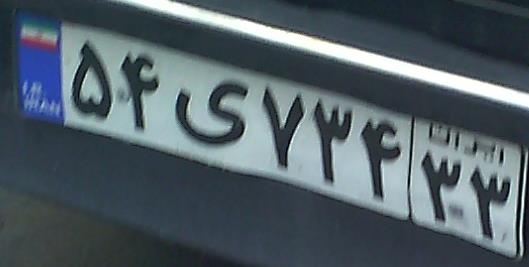
۵۴ی۷۳۴۳۳